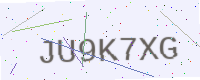
Text: JU9K7XG